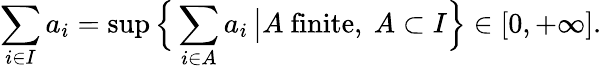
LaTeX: \sum_{i\in I}a_{i}=\operatorname*{sup}{\Bigl\{ }\sum_{i\in A}a_{i}\, {\big|}A{\mathrm{~finite,~}}A\subset I{\Bigr\} }\in[0,+\infty].